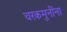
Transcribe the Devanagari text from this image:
चरकमुनींना